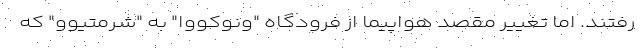
رفتند. اما تغییر مقصد هواپیما از فرودگاه "ونوکووا" به "شرمتیوو" که